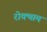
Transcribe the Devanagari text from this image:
रोक्थाम